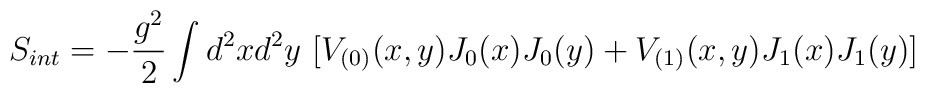
S_{int} =-\frac{g^2}{2} \int d^2x d^2y ~ [V_{(0)}(x,y) J_0(x) J_0(y) +V_{(1)}(x,y) J_1(x) J_1 (y)]